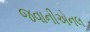
જવાનીએનલ